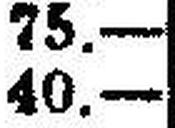
40.—